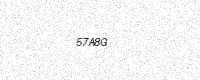
Text: 57A8G